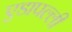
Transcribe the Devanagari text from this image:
एडापल्ली